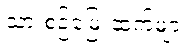
သားစဉ်မြေးဆက်များ